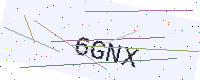
Text: 6GNX